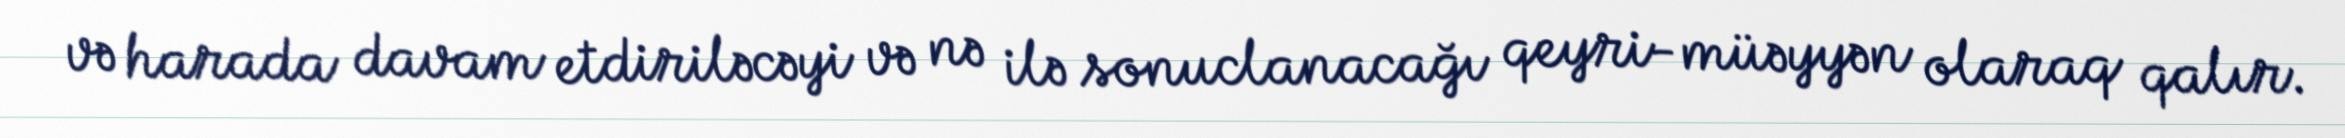
və harada davam etdiriləcəyi və nə ilə sonuclanacağı qeyri-müəyyən olaraq qalır.